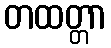
တထတ္တာ